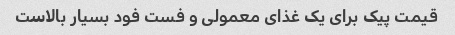
قیمت پیک برای یک غذای معمولی و فست فود بسیار بالاست